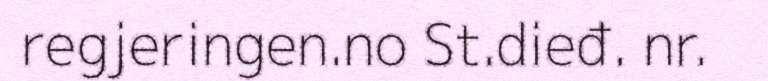
regjeringen.no St.dieđ. nr.